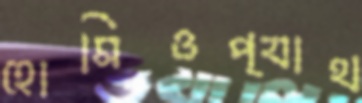
হোমিওপ্যাথ